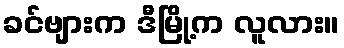
ခင်ဗျားက ဒီမြို့က လူလား။